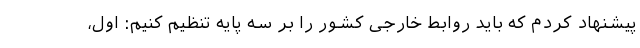
پیشنهاد کردم که باید روابط خارجی کشور را بر سه پایه تنظیم کنیم: اول،